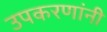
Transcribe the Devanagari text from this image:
उपकरणांनी